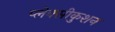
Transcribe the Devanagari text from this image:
प्लेक्सीकुशन